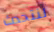
لنتحدث